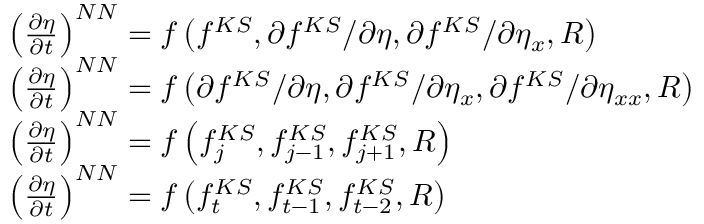
\begin{array} { r l } & { \left( \frac { \partial { \eta } } { \partial t } \right) ^ { N N } = f \left( f ^ { K S } , \partial { f ^ { K S } } / \partial { \eta } , \partial { f ^ { K S } } / \partial { \eta _ { x } } , R \right) } \\ & { \left( \frac { \partial { \eta } } { \partial t } \right) ^ { N N } = f \left( \partial { f ^ { K S } } / \partial { \eta } , \partial { f ^ { K S } } / \partial { \eta _ { x } } , \partial { f ^ { K S } } / \partial { \eta _ { x x } } , R \right) } \\ & { \left( \frac { \partial { \eta } } { \partial t } \right) ^ { N N } = f \left( f _ { j } ^ { K S } , f _ { j - 1 } ^ { K S } , f _ { j + 1 } ^ { K S } , R \right) } \\ & { \left( \frac { \partial { \eta } } { \partial t } \right) ^ { N N } = f \left( f _ { t } ^ { K S } , f _ { t - 1 } ^ { K S } , f _ { t - 2 } ^ { K S } , R \right) } \end{array}